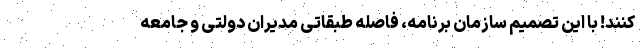
کنند! با این تصمیم سازمان برنامه، فاصله طبقاتی مدیران دولتی و جامعه